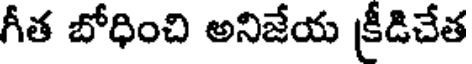
గీత బోధించి అనిజేయ క్రీడిచేత